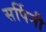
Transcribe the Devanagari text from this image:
सर्पिनी